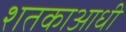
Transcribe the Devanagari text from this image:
शतकाआधी